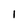
Character: l